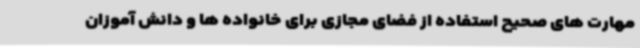
مهارت های صحیح استفاده از فضای مجازی برای خانواده ها و دانش آموزان